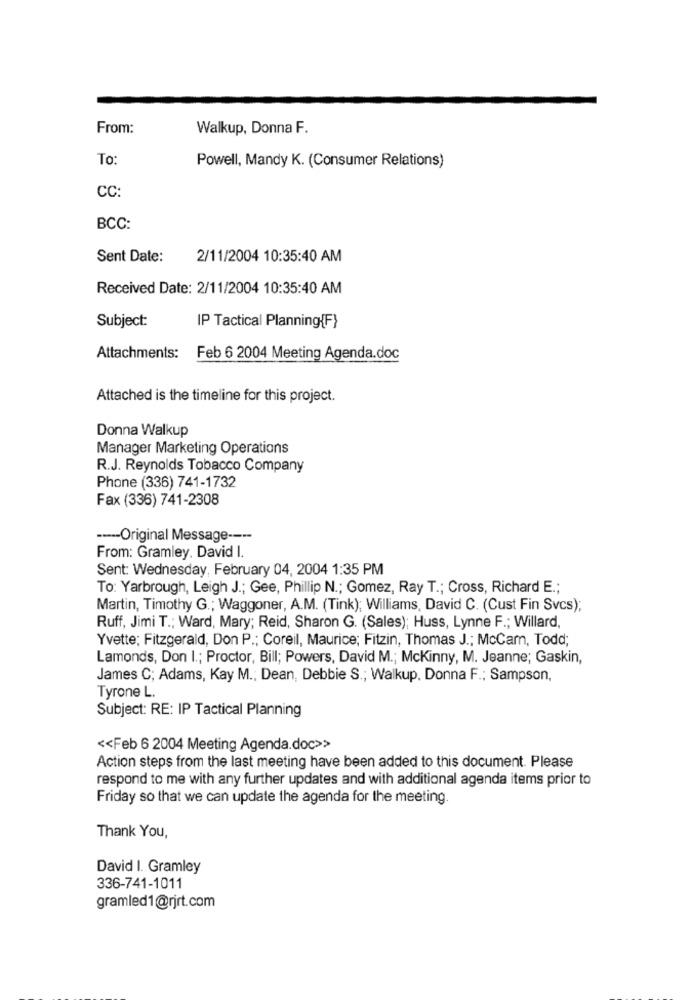
From:
Walkup, Donna F.
To:
Powell, Mandy K. (Consumer Relations)
CC:
BCC:
Sent Date:
2/11/2004 10:35:40 AM
Received Date: 2/11/2004 10:35:40 AM
Subject:
IP Tactical Planning{F}
Attachments:
Feb 6 2004 Meeting Agenda.doc
Attached is the timeline for this project.
Donna Walkup
Manager Marketing Operations
R.J. Reynolds Tobacco Company
Phone (336) 741-1732
Fax (336) 741-2308
----- Original Message ----
From: Gramley. David I.
Sent: Wednesday, February 04, 2004 1:35 PM
To: Yarbrough, Leigh J .; Gee, Phillip N .; Gomez, Ray T .; Cross, Richard E .;
Martin, Timothy G .; Waggoner, A.M. (Tink); Williams, David C. (Cust Fin Svcs);
Ruff, Jimi T .; Ward, Mary; Reid, Sharon G. (Sales); Huss, Lynne F .; Willard,
Yvette; Fitzgerald, Don P .; Coreil, Maurice; Fitzin, Thomas J .; McCam, Todd;
Lamonds, Don I .; Proctor, Bill; Powers, David M .; McKinny, M. Jeanne; Gaskin,
James C; Adams, Kay M .; Dean, Debbie S .; Walkup, Donna F .; Sampson,
Tyrone L.
Subject: RE: IP Tactical Planning
<< Feb 6 2004 Meeting Agenda.doc>>
Action steps from the last meeting have been added to this document. Please
respond to me with any further updates and with additional agenda items prior to
Friday so that we can update the agenda for the meeting.
Thank You,
David I. Gramley
336-741-1011
gramled1@rjrt.com